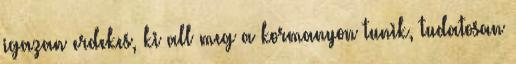
igazan erdekes, ki all meg a kormanyon tunik, tudatosan